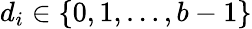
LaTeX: d_{i}\in\{ 0,1,\dotsc,b-1\}